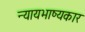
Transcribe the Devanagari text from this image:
न्यायभाष्यकार